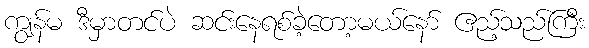
ကျွန်မ ဒီမှာတင်ပဲ ဆင်းနေရစ်ခဲ့တော့မယ်နော် ဧည့်သည်ကြီး